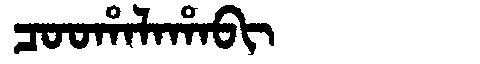
Manchu: ᠴᠣᠣᡥᠠᠯᠠᡥᠠᠪᡳ
Romanization: COOHALAHABI